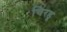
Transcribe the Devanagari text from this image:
चिरडू